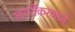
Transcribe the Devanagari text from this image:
सादरीकरणाने